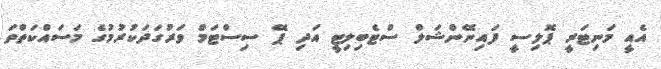
އެއީ މަނިޓަރީ ޕޮލިސީ ފައިނޭންޝަލް ސްޓެބިލިޓީ އަދި ޕޭ ސިސްޓަމް ވަރުގަދަކުރުމުގެ މަސައްކަތްތަ